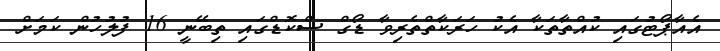
އެއާޕޯޓުގައި ކުއްތާތަކާ އެކު ހަރަކާތްތެރިވާ ޑޯގް ސްކޮޑްގައި ތިބޭނީ 16 ފުލުހުން ކަމަށް